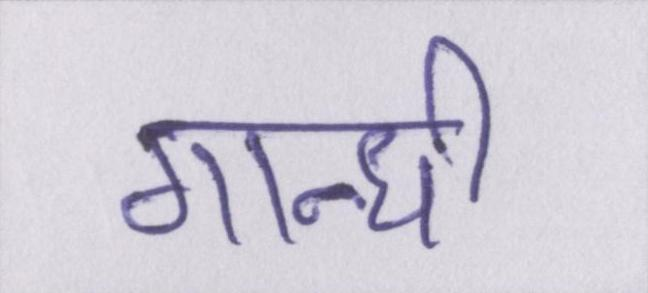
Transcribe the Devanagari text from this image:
गान्धी